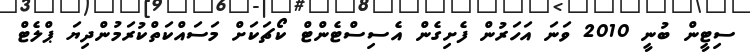
ސިޓީން ބުނީ 2010 ވަނަ އަހަރުން ފެށިގެން އެސިސްޓެންޓް ކޯޗަކަށް މަސައްކަތްކުރަމުންދިޔަ ޕްލެޓް